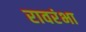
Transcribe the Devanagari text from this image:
रावरंभा